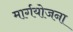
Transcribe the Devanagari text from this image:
मार्गयोजना